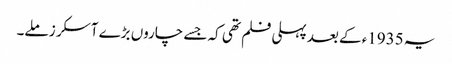
یہ 1935ء کے بعد پہلی فلم تھی کہ جسے چاروں بڑے آسکر ز ملے۔